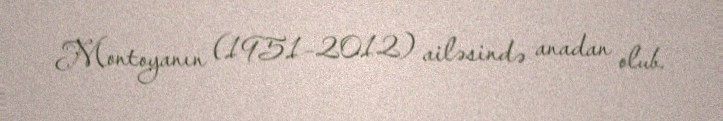
Montoyanın (1951–2012) ailəsində anadan olub.